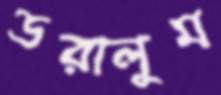
ডরালুম